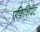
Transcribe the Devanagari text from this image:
एफ़िशियेंट